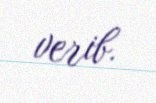
verib.